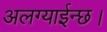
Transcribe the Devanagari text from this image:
अलग्याईन्छ।